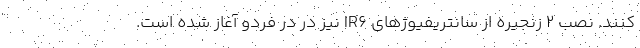
‌کنند. نصب ۲ زنجیره از سانتریفیوژهای IR۶ نیز در در فردو آغاز شده است.